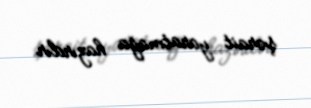
şərait yaratmağa hazırdır.